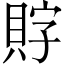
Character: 𲂯